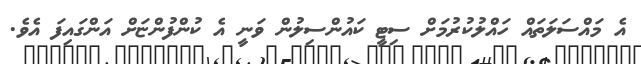
އެ މައްސަލަތައް ހައްލުކުރުމަށް ސިޓީ ކައުންސިލުން ވަނީ އެ ކުންފުންޏަށް އަންގައިފަ އެވެ.